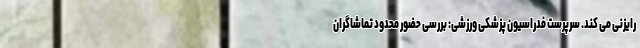
رایزنی می کند. سرپرست فدراسیون پزشکی ورزشی: بررسی حضور محدود تماشاگران